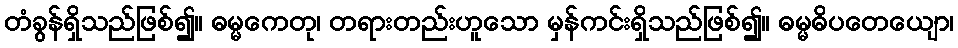
တံခွန်ရှိသည်ဖြစ်၍။ ဓမ္မကေတု၊ တရားတည်းဟူသော မှန်ကင်းရှိသည်ဖြစ်၍။ ဓမ္မဓိပတေယျော၊